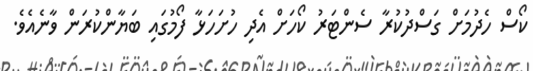
ކޯސް ހެދުމަށް ގަސްދުކުރާ ސެންޓަރު ކޯހަށް އެދި ހުށަހަޅާ ފޯމުގައި ބަޔާންކުރަން ވާނެއެވެ.